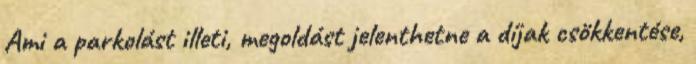
Ami a parkolást illeti, megoldást jelenthetne a díjak csökkentése,